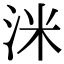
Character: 洣